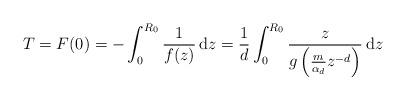
LaTeX: \begin{align*}T = F(0) = - \int_0^{R_0} \frac{1}{f(z)} \, \mathrm{d}z = \frac{1}{d} \int_0^{R_0} \frac{z}{g\left( \frac{m}{\alpha_d}z^{-d} \right)} \, \mathrm{d}z\end{align*}